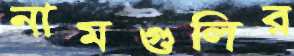
নামগুলির